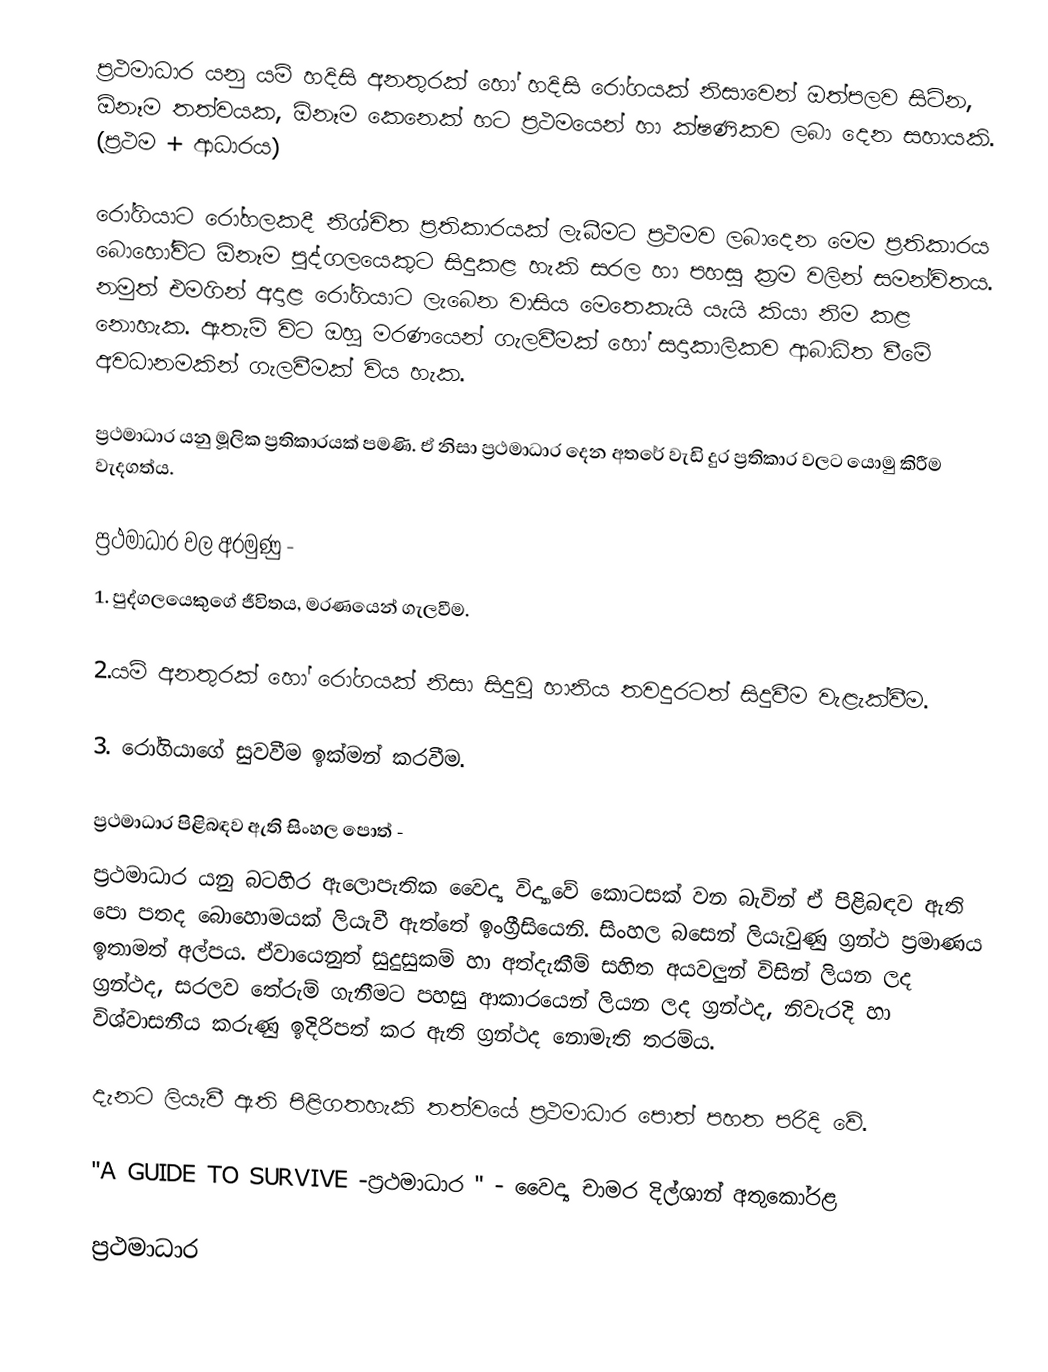
ප්‍රථමාධාර යනු යම් හදිසි අනතුරක් හෝ හදිසි රෝගයක් නිසාවෙන් ඔත්පලව සිටින, ඕනෑම තත්වයක, ඕනෑම කෙනෙක් හට ප්‍රථමයෙන් හා ක්ෂණිකව ලබා දෙන සහායකි. (ප්‍රථම + ආධාරය)

රෝගියාට රෝහලකදී නිශ්චිත ප්‍රතිකාරයක් ලැබීමට ප්‍රථමව ලබාදෙන මෙම ප්‍රතිකාරය බොහෝවිට ඕනෑම පුද්ගලයෙකුට සිදුකළ හැකි සරල හා පහසු ක්‍රම වලින් සමන්විතය. නමුත් එමගින් අදාළ රෝගියාට ලැබෙන වාසිය මෙතෙකැයි යැයි කියා නිම කළ නොහැක. ඇතැම් විට ඔහු මරණයෙන් ගැලවීමක් හෝ සදාකාලිකව ආබාධිත වීමේ අවධානමකින් ගැලවීමක් විය හැක.

ප්‍රථමාධාර යනු මූලික ප්‍රතිකාරයක් පමණි. ඒ නිසා ප්‍රථමාධාර දෙන අතරේ වැඩි දුර ප්‍රතිකාර වලට යොමු කිරීම වැදගත්ය.

ප්‍රථමාධාර  වල අරමුණු -
1. පුද්ගලයෙකුගේ ජීවිතය, මරණයෙන් ගැලවීම.

2.යම් අනතුරක් හෝ රෝගයක් නිසා සිදුවූ හානිය තවදුරටත් සිදුවීම වැළැක්වීම.

3. රෝගියාගේ සුවවීම ඉක්මන් කරවීම.

ප්‍රථමාධාර පිළිබඳව  ඇති සිංහල පොත් -
ප්‍රථමාධාර යනු බටහිර ඇලොපැතික වෛද්‍ය විද්‍යාවේ කොටසක් වන බැවින් ඒ පිළිබඳව ඇති පො පතද බොහොමයක් ලියැවී ඇත්තේ ඉංග්‍රීසියෙනි. සිංහල බසෙන් ලියැවුණු ග්‍රන්ථ ප්‍රමාණය ඉතාමත් අල්පය. ඒවායෙනුත් සුදුසුකම් හා අත්දැකීම් සහිත අයවලුන් විසින් ලියන ලද ග්‍රන්ථද, සරලව තේරුම් ගැනීමට පහසු ආකාරයෙන් ලියන ලද ග්‍රන්ථද, නිවැරදි හා විශ්වාසනීය කරුණු ඉදිරිපත් කර ඇති ග්‍රන්ථද නොමැති තරම්ය.

දැනට ලියැවී ඇති පිළිගතහැකි තත්වයේ  ප්‍රථමාධාර පොත් පහත පරිදි වේ.

"A GUIDE TO SURVIVE -ප්‍රථමාධාර " -  වෛද්‍ය චාමර දිල්ශාන් අතුකෝරළ

ප්‍රථමාධාර